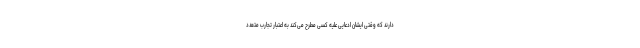
دارند که وقتی ایشان ادعایی علیه کسی مطرح می‌کند به اعتبار تجارب متعدد